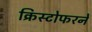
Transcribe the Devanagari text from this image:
क्रिस्टोफरने